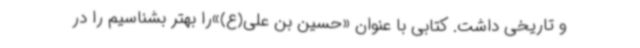
و تاریخی داشت. کتابی با عنوان «حسین بن علی(ع)»را بهتر بشناسیم را در